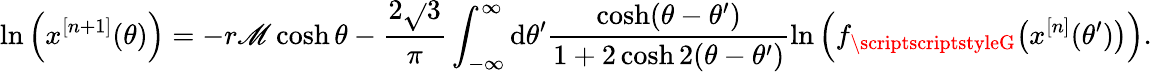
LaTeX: \ln\left(x^{[n+1]}(\theta)\right)=-r\mathscr{M}\cosh\theta-\frac{{2\sqrt{}{{3}}}}{{\pi}}\int_{-\infty}^{\infty}\mathrm{{d}}\theta^{\prime}\frac{{\cosh(\theta-\theta^{\prime})}}{{1+2\cosh2(\theta-\theta^{\prime})}}\ln\left(f_{\scriptscriptstyleG}\bigl(x^{[n]}(\theta^{\prime})\bigr)\right).